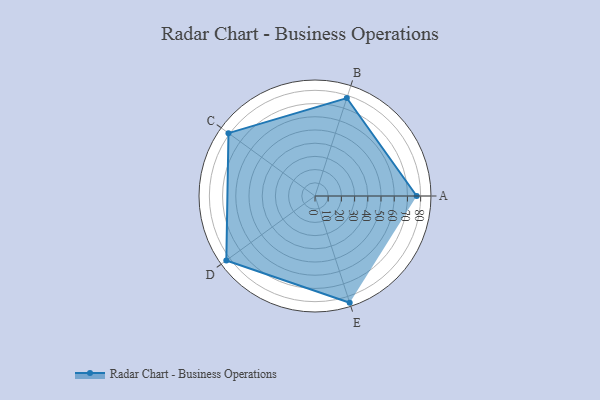
{"axis": {"x": "Skill", "y": "Score"}, "legend": ["Profile"], "data": [{"x": "A", "y": 77.0, "type": "Profile"}, {"x": "B", "y": 78.0, "type": "Profile"}, {"x": "C", "y": 81.0, "type": "Profile"}, {"x": "D", "y": 83.0, "type": "Profile"}, {"x": "E", "y": 85.0, "type": "Profile"}]}